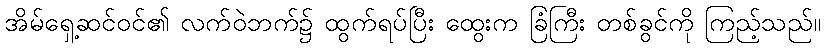
အိမ်ရှေ့ဆင်ဝင်၏ လက်ဝဲဘက်၌ ထွက်ရပ်ပြီး ထွေးက ခြံကြီး တစ်ခွင်ကို ကြည့်သည်။